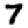
Digit: 7